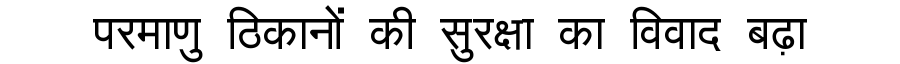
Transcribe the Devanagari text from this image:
परमाणु ठिकानों की सुरक्षा का विवाद बढ़ा